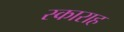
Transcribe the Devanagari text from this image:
स्काराह